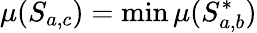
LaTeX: \mu(S_{a,c})=\operatorname*{min}\mu(S_{a,b}^{*})